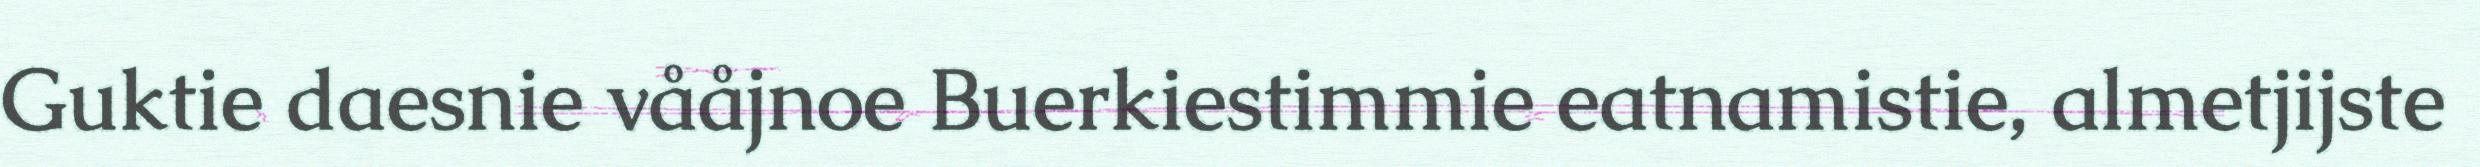
Guktie daesnie vååjnoe Buerkiestimmie eatnamistie, almetjijste